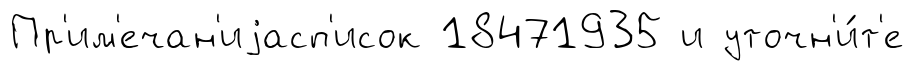
Пр'им'ечан'иjасп'исок 18471935 и уточн'и́т'е